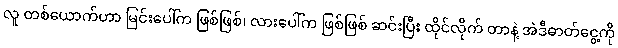
လူ တစ်ယောက်ဟာ မြင်းပေါ်က ဖြစ်ဖြစ်၊ လားပေါ်က ဖြစ်ဖြစ် ဆင်းပြီး ထိုင်လိုက် တာနဲ့ အဲဒီဓာတ်ငွေ့ကို